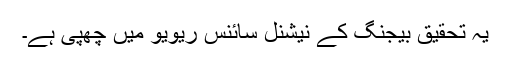
یہ تحقیق بیجنگ کے نیشنل سائنس ریویو میں چھپی ہے۔